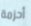
أحزمة